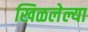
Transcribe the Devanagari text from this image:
खिळलेल्या